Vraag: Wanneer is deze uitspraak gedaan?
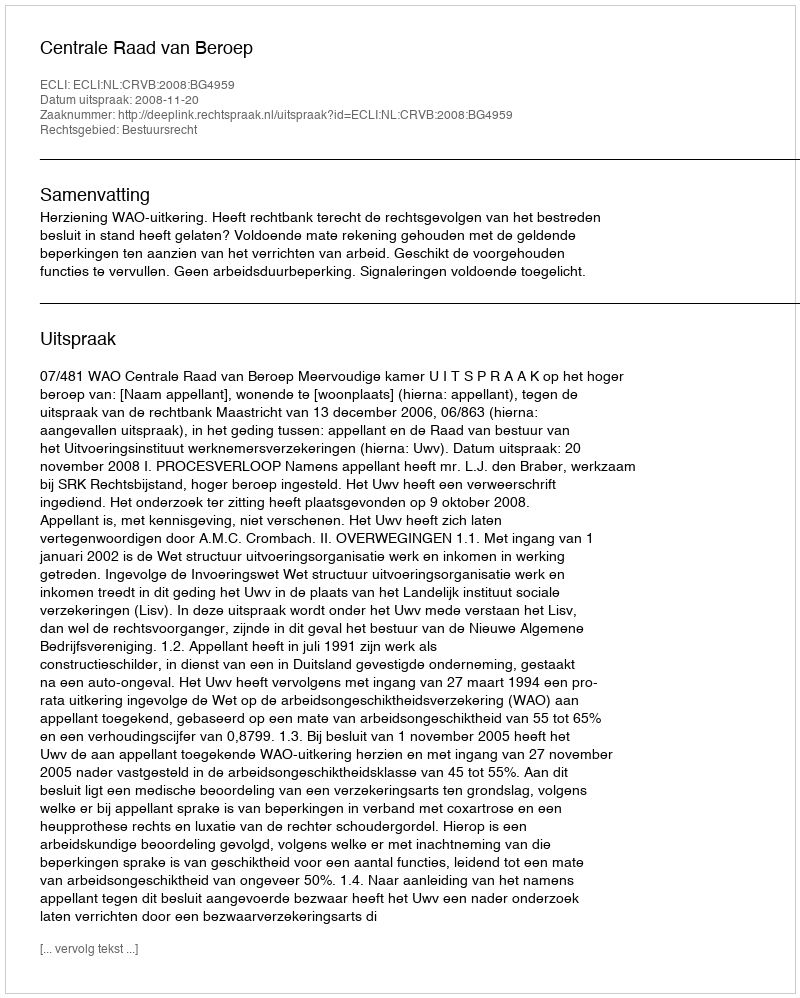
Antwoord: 2008-11-20